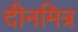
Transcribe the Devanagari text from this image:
दीनमित्र